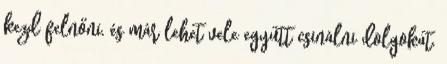
kezd felnőni, és már lehet vele együtt csinálni dolgokat.